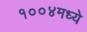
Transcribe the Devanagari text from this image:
१००४मध्ये